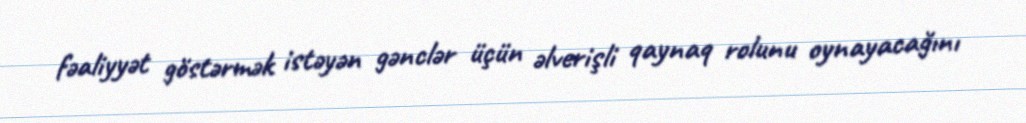
fəaliyyət göstərmək istəyən gənclər üçün əlverişli qaynaq rolunu oynayacağını